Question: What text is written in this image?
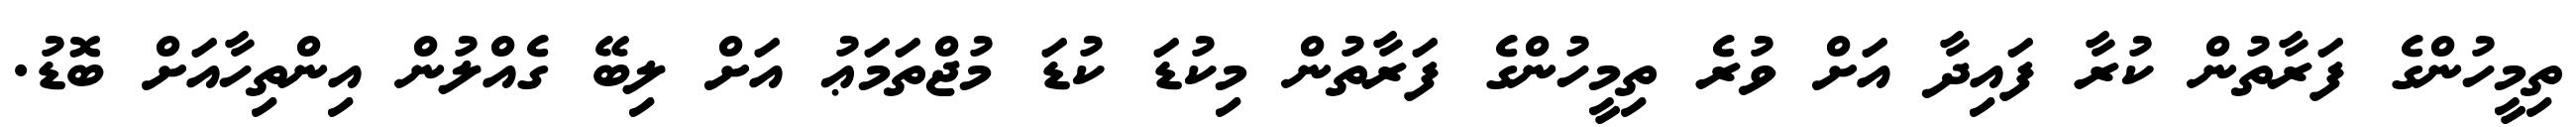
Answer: ތިމީހުންގެ ފަރާތުން ކުރާ ފައިދާ އަށް ވުރެ ތިމީހުންގެ ފަރާތުން މިކުޑަ ކުޑަ މުޖްތަމަޢު އަށް ލިބޭ ގެއްލުން އިންތިހާއަށް ބޮޑު.